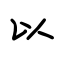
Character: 以